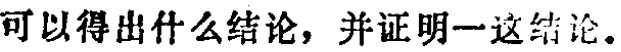
可以得出什么结论，并证明一这结论。